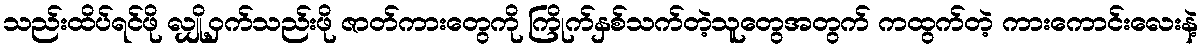
သည်းထိပ်ရင်ဖို လျှို့ဝှက်သည်းဖို ဇာတ်ကားတွေကို ကြိုက်နှစ်သက်တဲ့သူတွေအတွက် ကထွက်တဲ့ ကားကောင်းလေးနဲ့